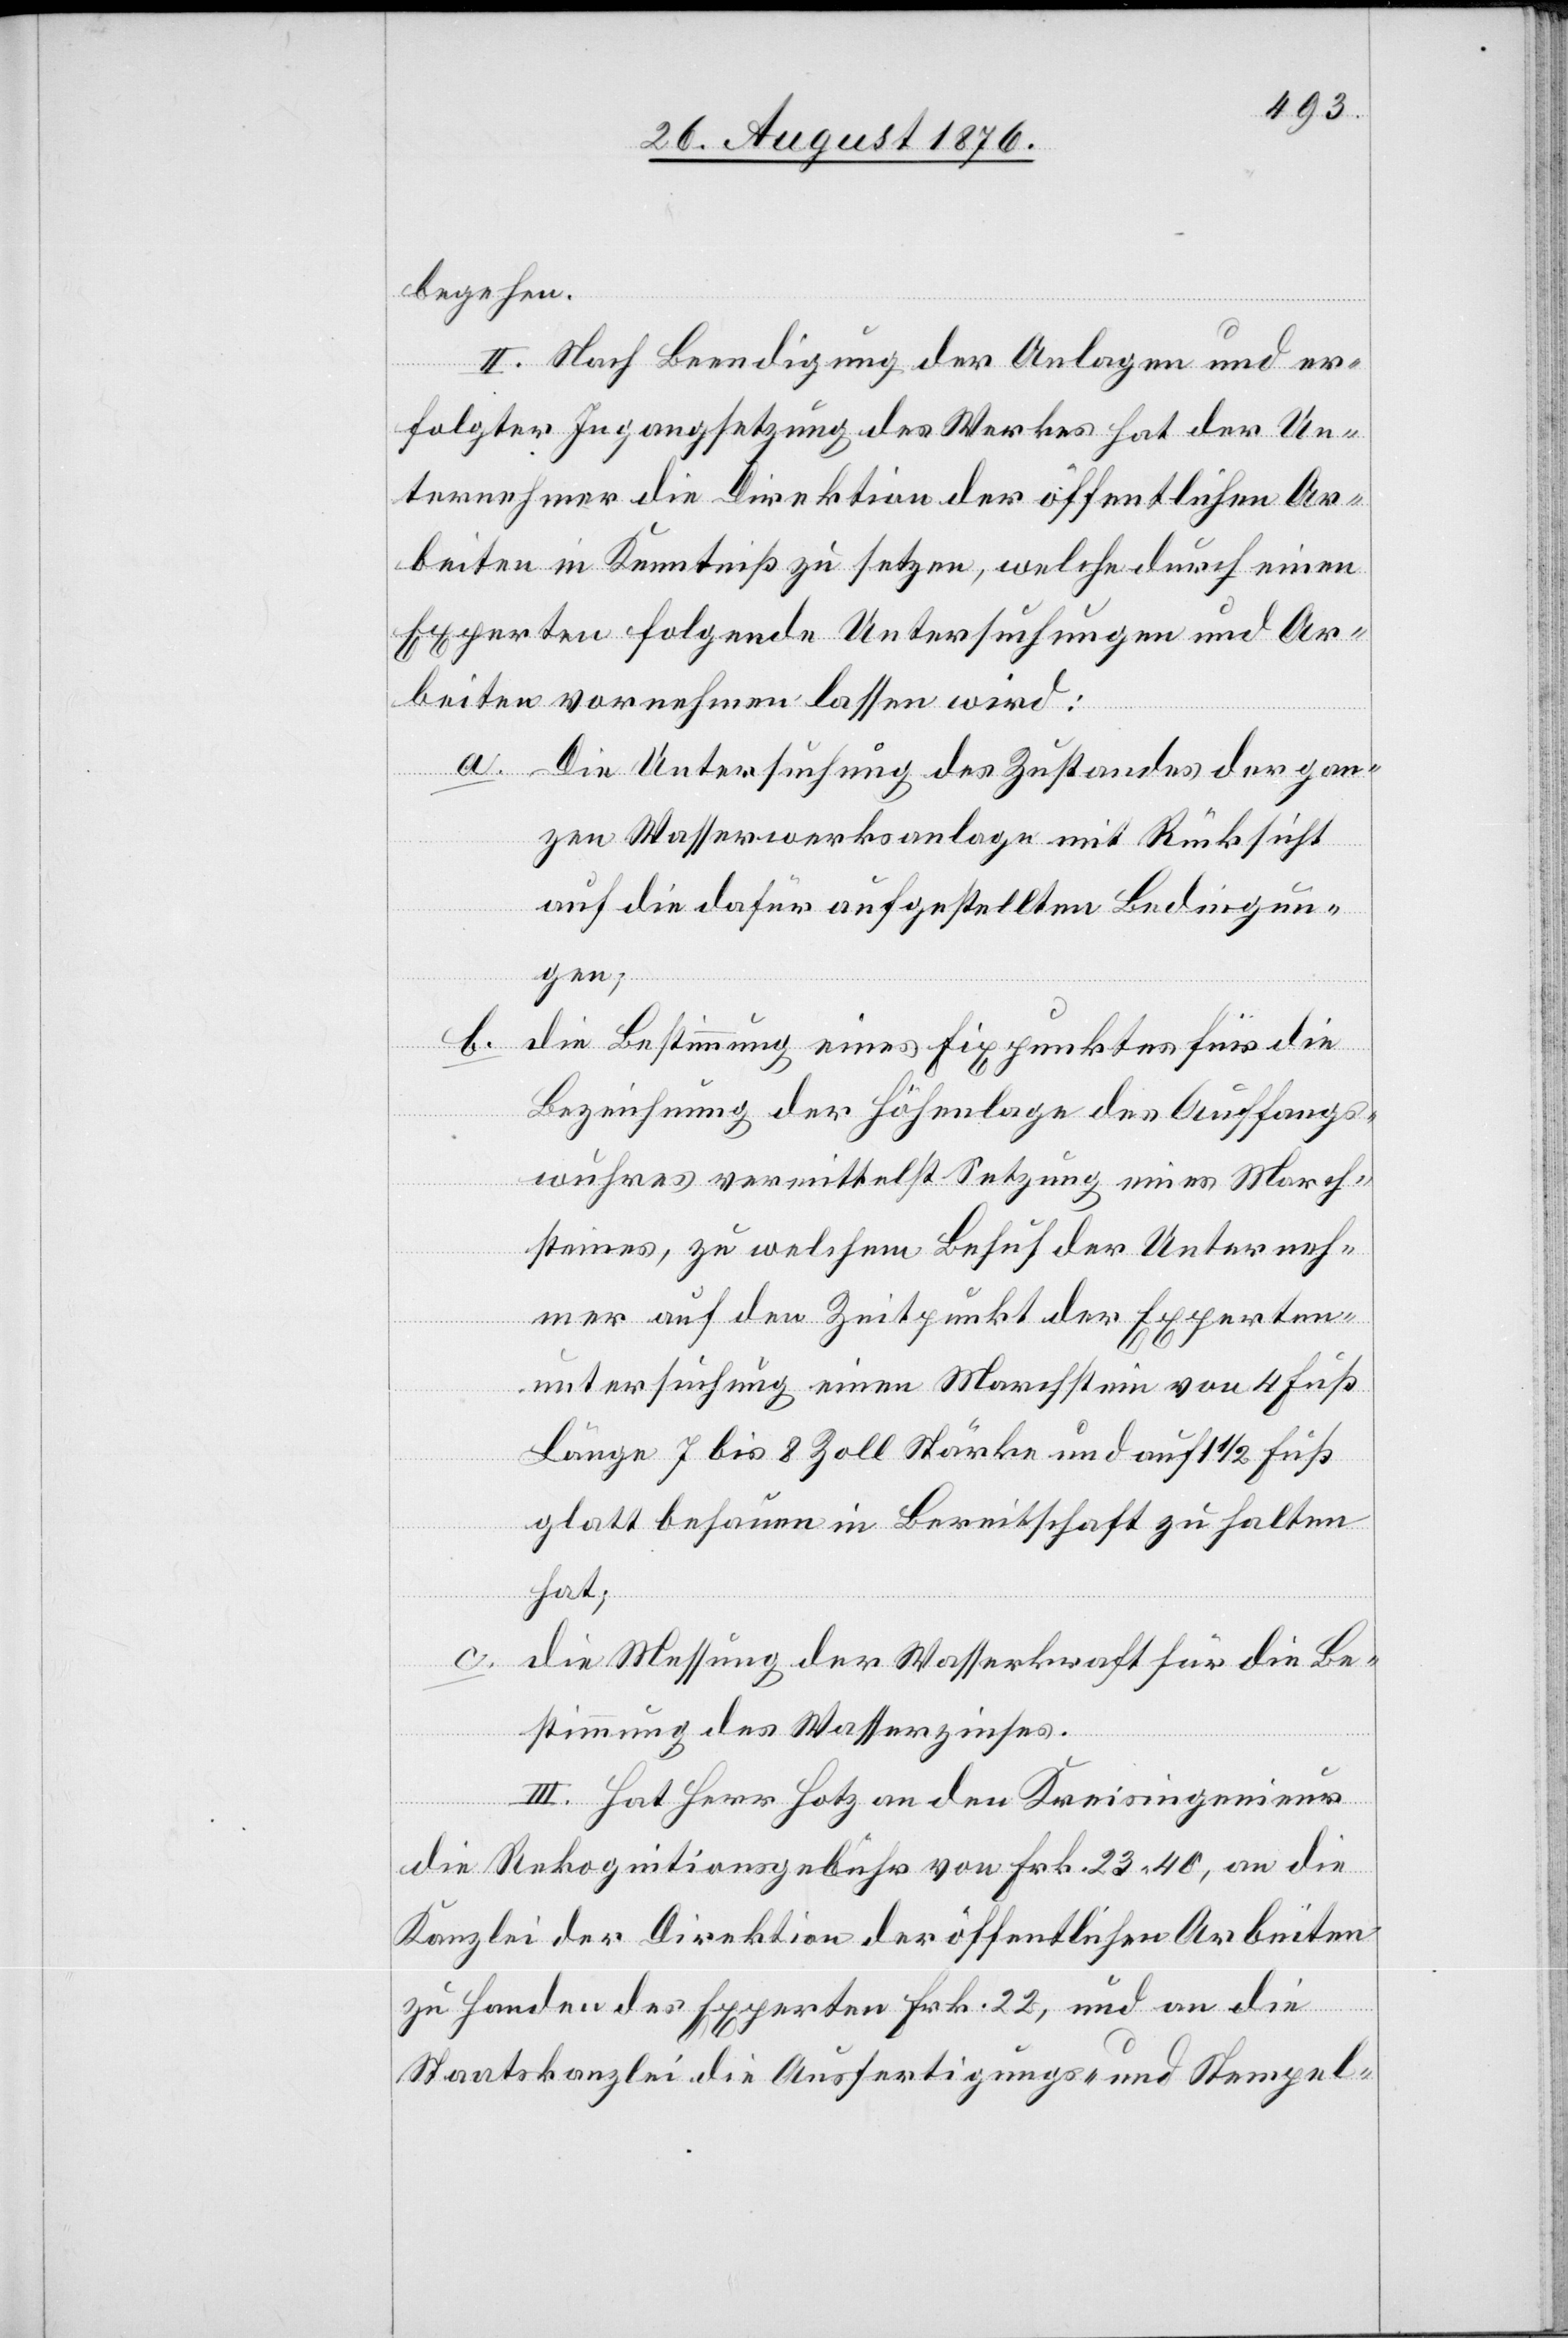
begehen.
II. Nach Beendigung der Anlagen und er¬
folgter Ingangsetzung des Werkes hat der Un¬
ternehmer die Direktion der öffentlichen Ar¬
beiten in Kenntniß zu setzen, welche durch einen
Experten folgende Untersuchungen und Ar¬
beiten vornehmen lassen wird:
a. Die Untersuchung des Zustandes der gan¬
zen Wasserwerksanlage mit Rücksicht
auf die dafür aufgestellten Bedingun¬
gen;
b.
die Bestimmung eines Fixpunktes für die
Bezeichnung der Höhenlage des Auffangs¬
wuhres vermittelst Setzung eines March¬
steines, zu welchem Behuf der Unterneh¬
mer auf den Zeitpunkt der Experten¬
untersuchung einen Marchstein von 4. Fuß
Länge[,] 7 bis 8 Zoll Stärke und auf 1 1/2 Fuß
glatt behauen in Bereitschaft zu halten
hat;
c.
die Messung der Wasserkraft für die Be¬
stimmung des Wasserzinses.
III: Hat Herr Hotz an den Kreisingenieur
die Rekognitionsgebühr von Frk. 23 40, an die
Kanzlei der Direktion der öffentlichen Arbeiten
zu Handen des experten Frk. 22, und an die
Staatskanzlei die Ausfertigungs- und Stempel-